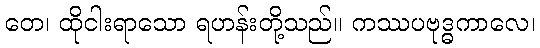
တေ၊ ထိုငါးရာသော ရဟန်းတို့သည်။ ကဿပဗုဒ္ဓကာလေ၊